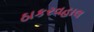
ઠાકરવહાલ